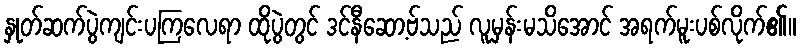
နှုတ်ဆက်ပွဲကျင်းပကြလေရာ ထိုပွဲတွင် ဒင်နီဆော့ဗ်သည် လူမှန်းမသိအောင် အရက်မူးပစ်လိုက်၏။